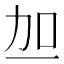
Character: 𫦥